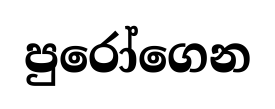
පුරෝගෙන